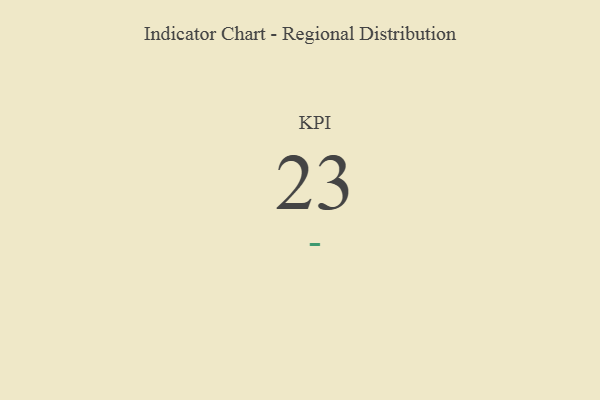
{"axis": {"x": "KPI", "y": "Value"}, "legend": [""], "data": [{"x": "KPI", "y": 23, "type": ""}]}